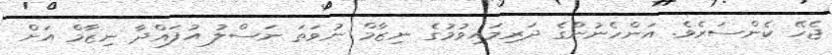
ޖެހޭ ކެންސަރެވެ. އަންހެނުންގެ ދަރިމައިވުމުގެ ނިޒާމް ނުވަތަ ނަސްލު އުފައްދާ ނިޒާމް އަށް